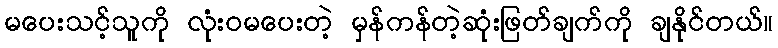
မပေးသင့်သူကို လုံးဝမပေးတဲ့ မှန်ကန်တဲ့ဆုံးဖြတ်ချက်ကို ချနိုင်တယ်။